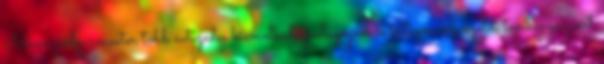
István polgármester több évtizedes kiemelkedő pedagógusi és intézményvezetői tevékenységéért